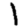
Digit: 1